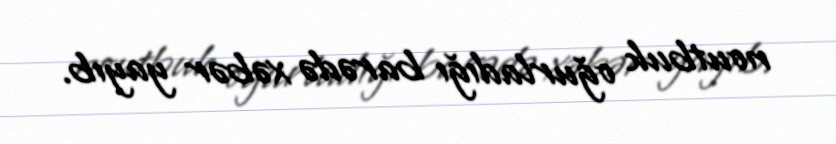
noutbuk oğurladığı barədə xəbər yayıb.